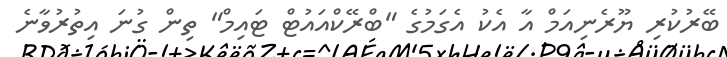
ބޭރުކުރި ޔޫރެނިއަމް އާ އެކު އެގަމުގެ "ބްރޭކްއައުޓް ޓައިމް" ތިން ގުނަ އިތުރުވާނެ